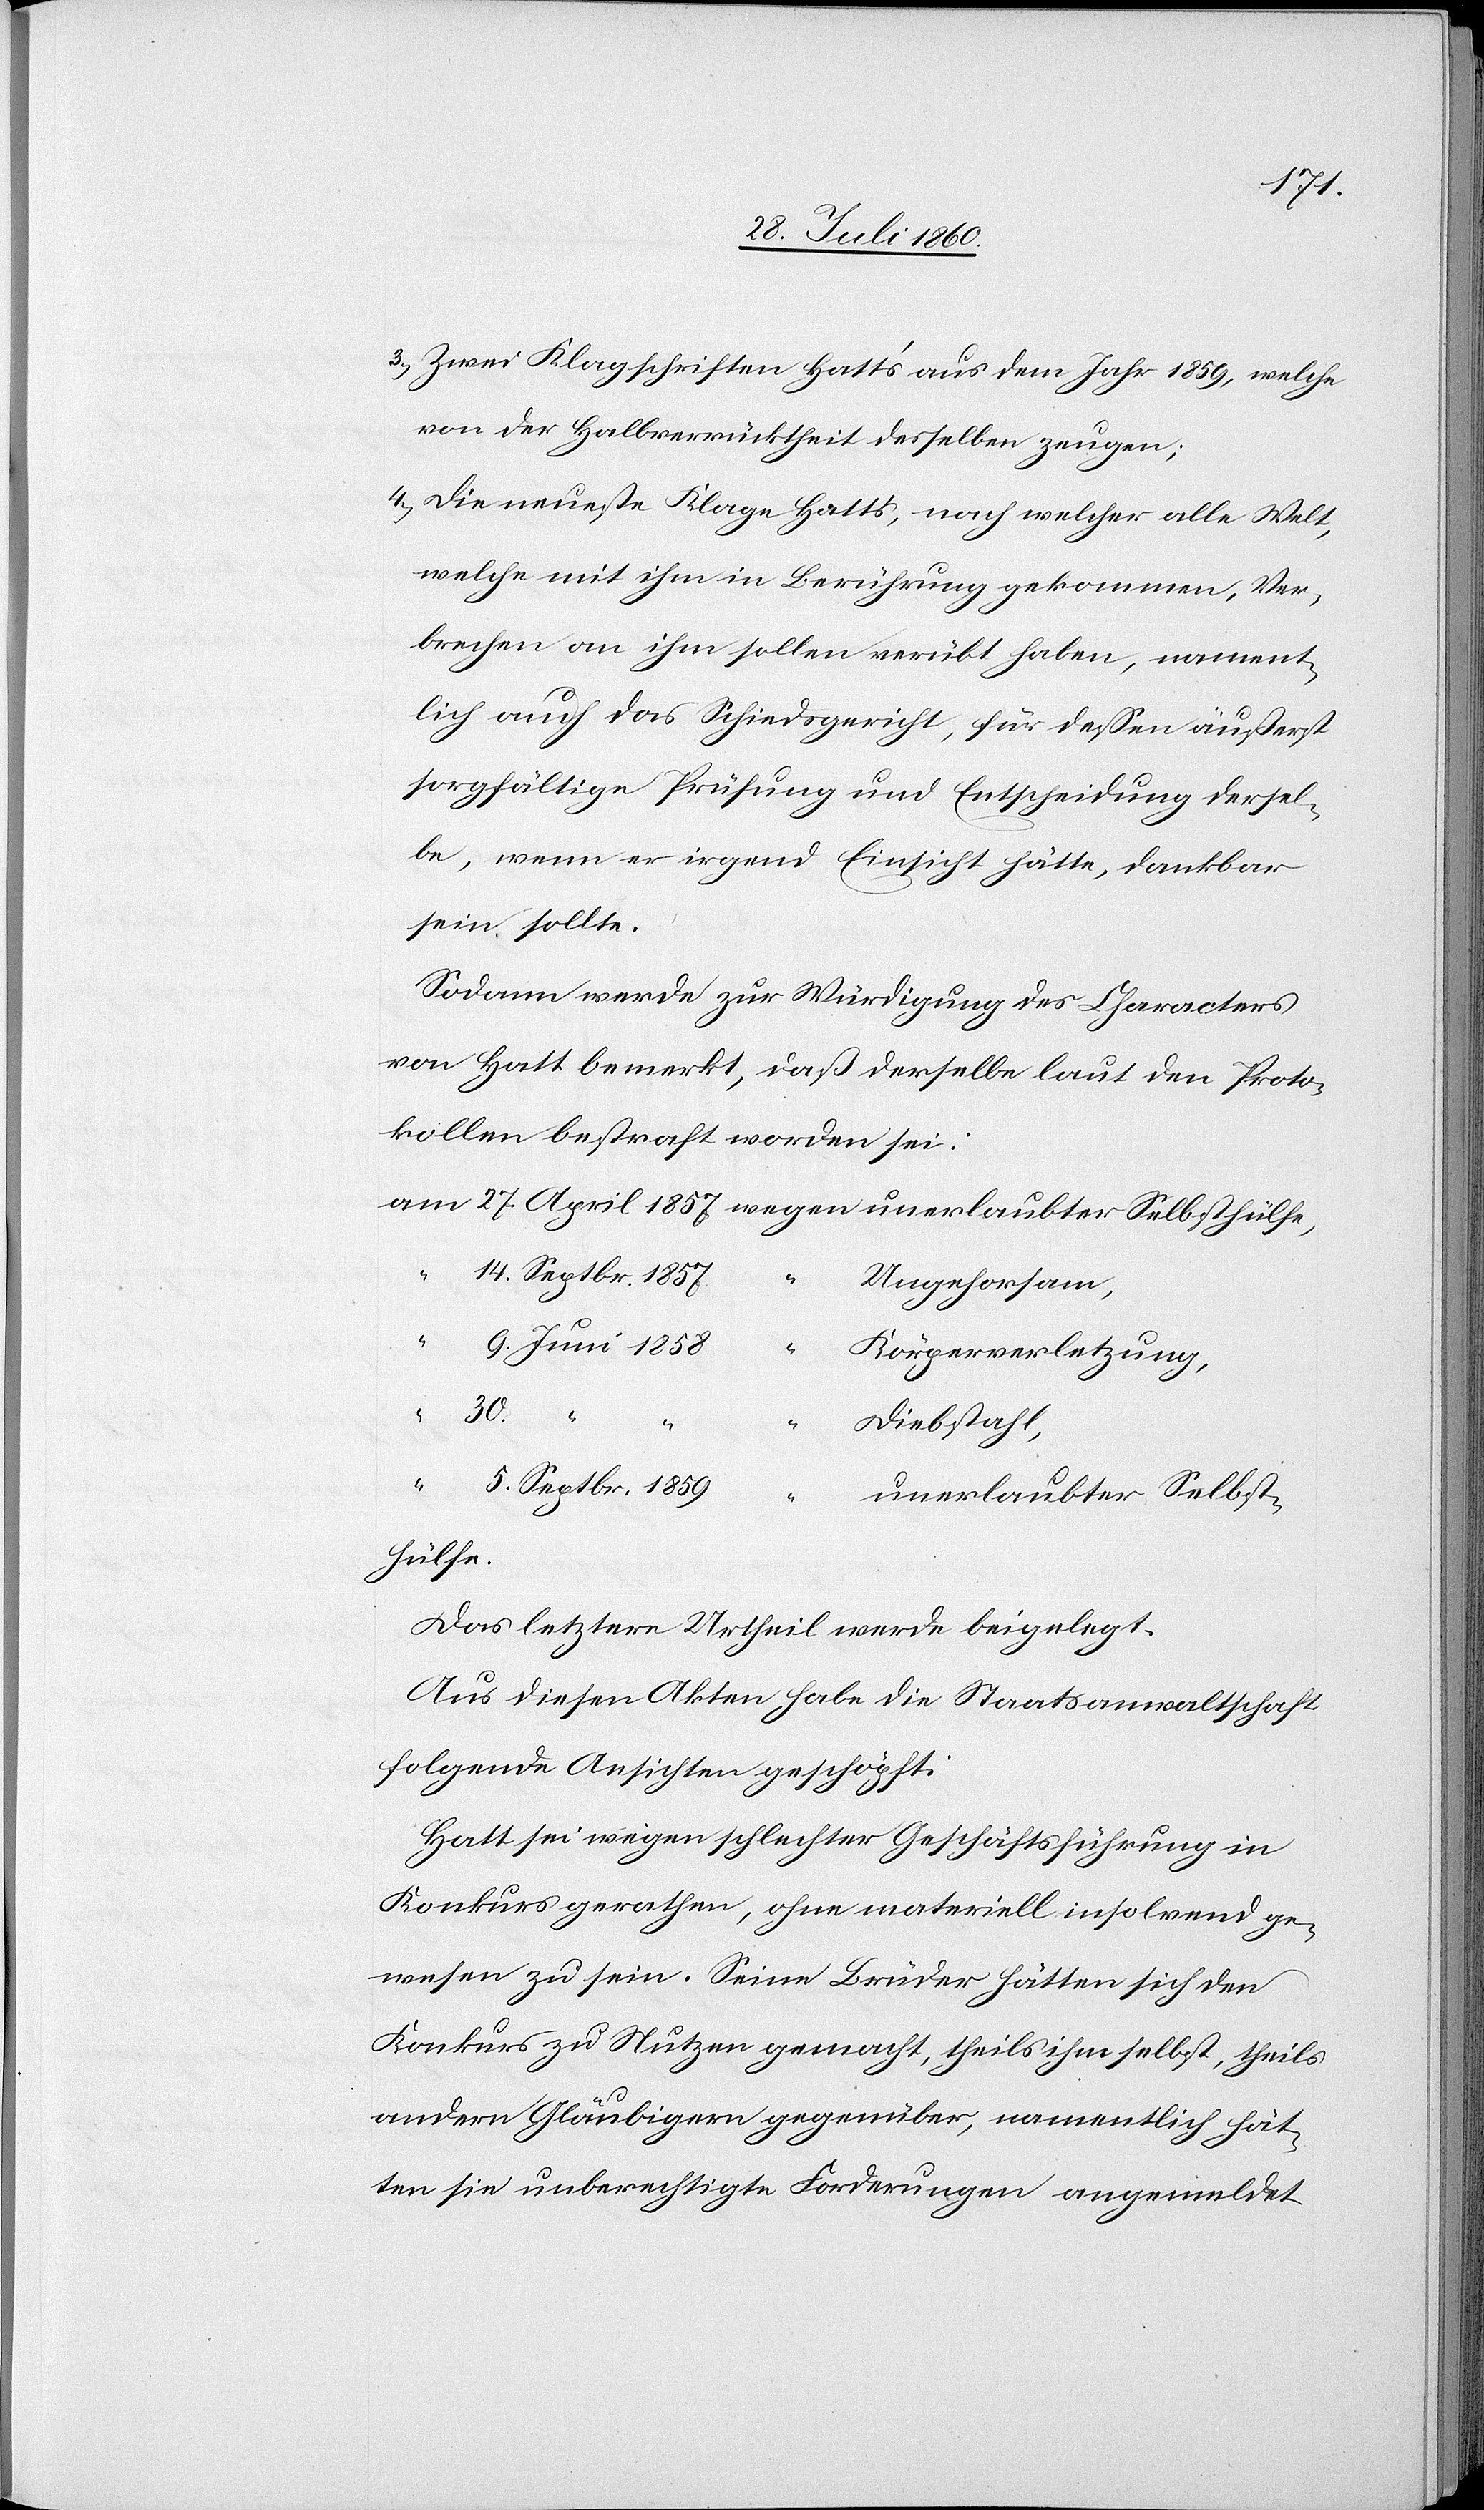
3. Zwei Klagschriften Hatt’s aus dem Jahr 1859, welche
von der Halbverrücktheit desselben zeugen;
4. die neueste Klage Hatt’s, nach welcher alle Welt,
welche mit ihm in Berührung gekommen, Ver¬
brechen an ihm sollen verübt haben, nament¬
lich auch das Schiedsgericht, für dessen äußerst
sorgfältige Prüfung und Entscheidung dersel¬
be, wenn er irgend Einsicht hätte, dankbar
sein sollte.
Sodann werde zur Würdigung des Charakters
von Hatt bemerkt, dass derselbe laut den Proto¬
kollen bestraft worden sei:
Ungehorsam,
5.
Körperverletzung,
“
“
Diebstal,
unerlaubter Selbst¬
ber
hülfe.
das letztere Urtheil werde beigelegt.
Aus diesen Akten habe die Staatsanwaltschaft
folgende Ansichten geschöpft:
Hatt sei wegen schlechter Geschäftsführung in
Konkurs gerathen, ohne materiell insolvend ge¬
wesen zu sein. Seine Brüder hätten sich den
Konkurs zu Nutzen gemacht, theils ihm selbst, theils
andern Gläubigern gegenüber, namentlich hät¬
ten sie unberechtigte Forderungen angemeldet